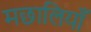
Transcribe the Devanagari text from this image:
मछालियाँ